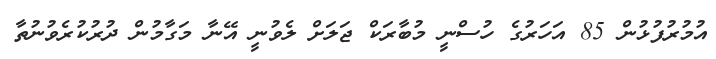
އުމުރުފުޅުން 85 އަހަރުގެ ހުސްނީ މުބާރަކް ޖަލަށް ލެވުނީ އޭނާ މަގާމުން ދުރުކުރެވުނުތާ